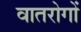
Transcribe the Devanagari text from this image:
वातरोगों